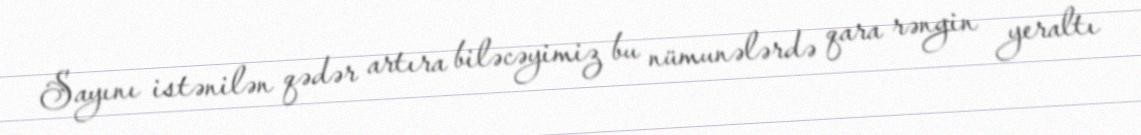
Sayını istənilən qədər artıra biləcəyimiz bu nümunələrdə qara rəngin yeraltı